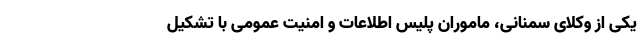
یکی از وکلای سمنانی، ماموران پلیس اطلاعات و امنیت عمومی با تشکیل